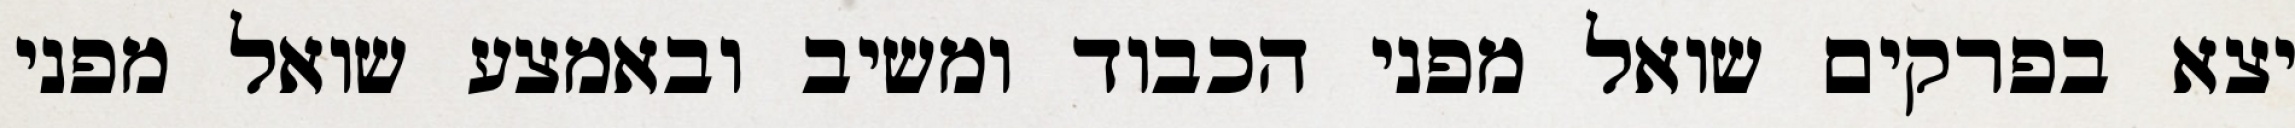
יצא בפרקים שואל מפני הכבוד ומשיב ובאמצע שואל מפני